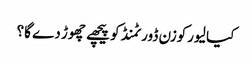
کیا لیورکوزن ڈورٹمنڈ کو پیچھے چھوڑ دے گا؟